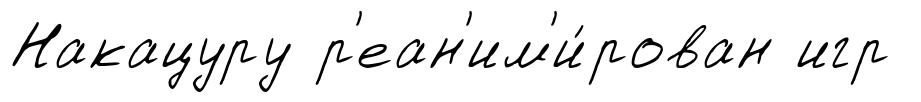
Накацуру р'еан'им'и́рован игр